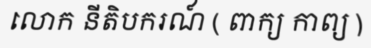
លោក នីតិបករណ៍ ( ពាក្យ កាព្យ )